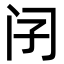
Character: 𨸀